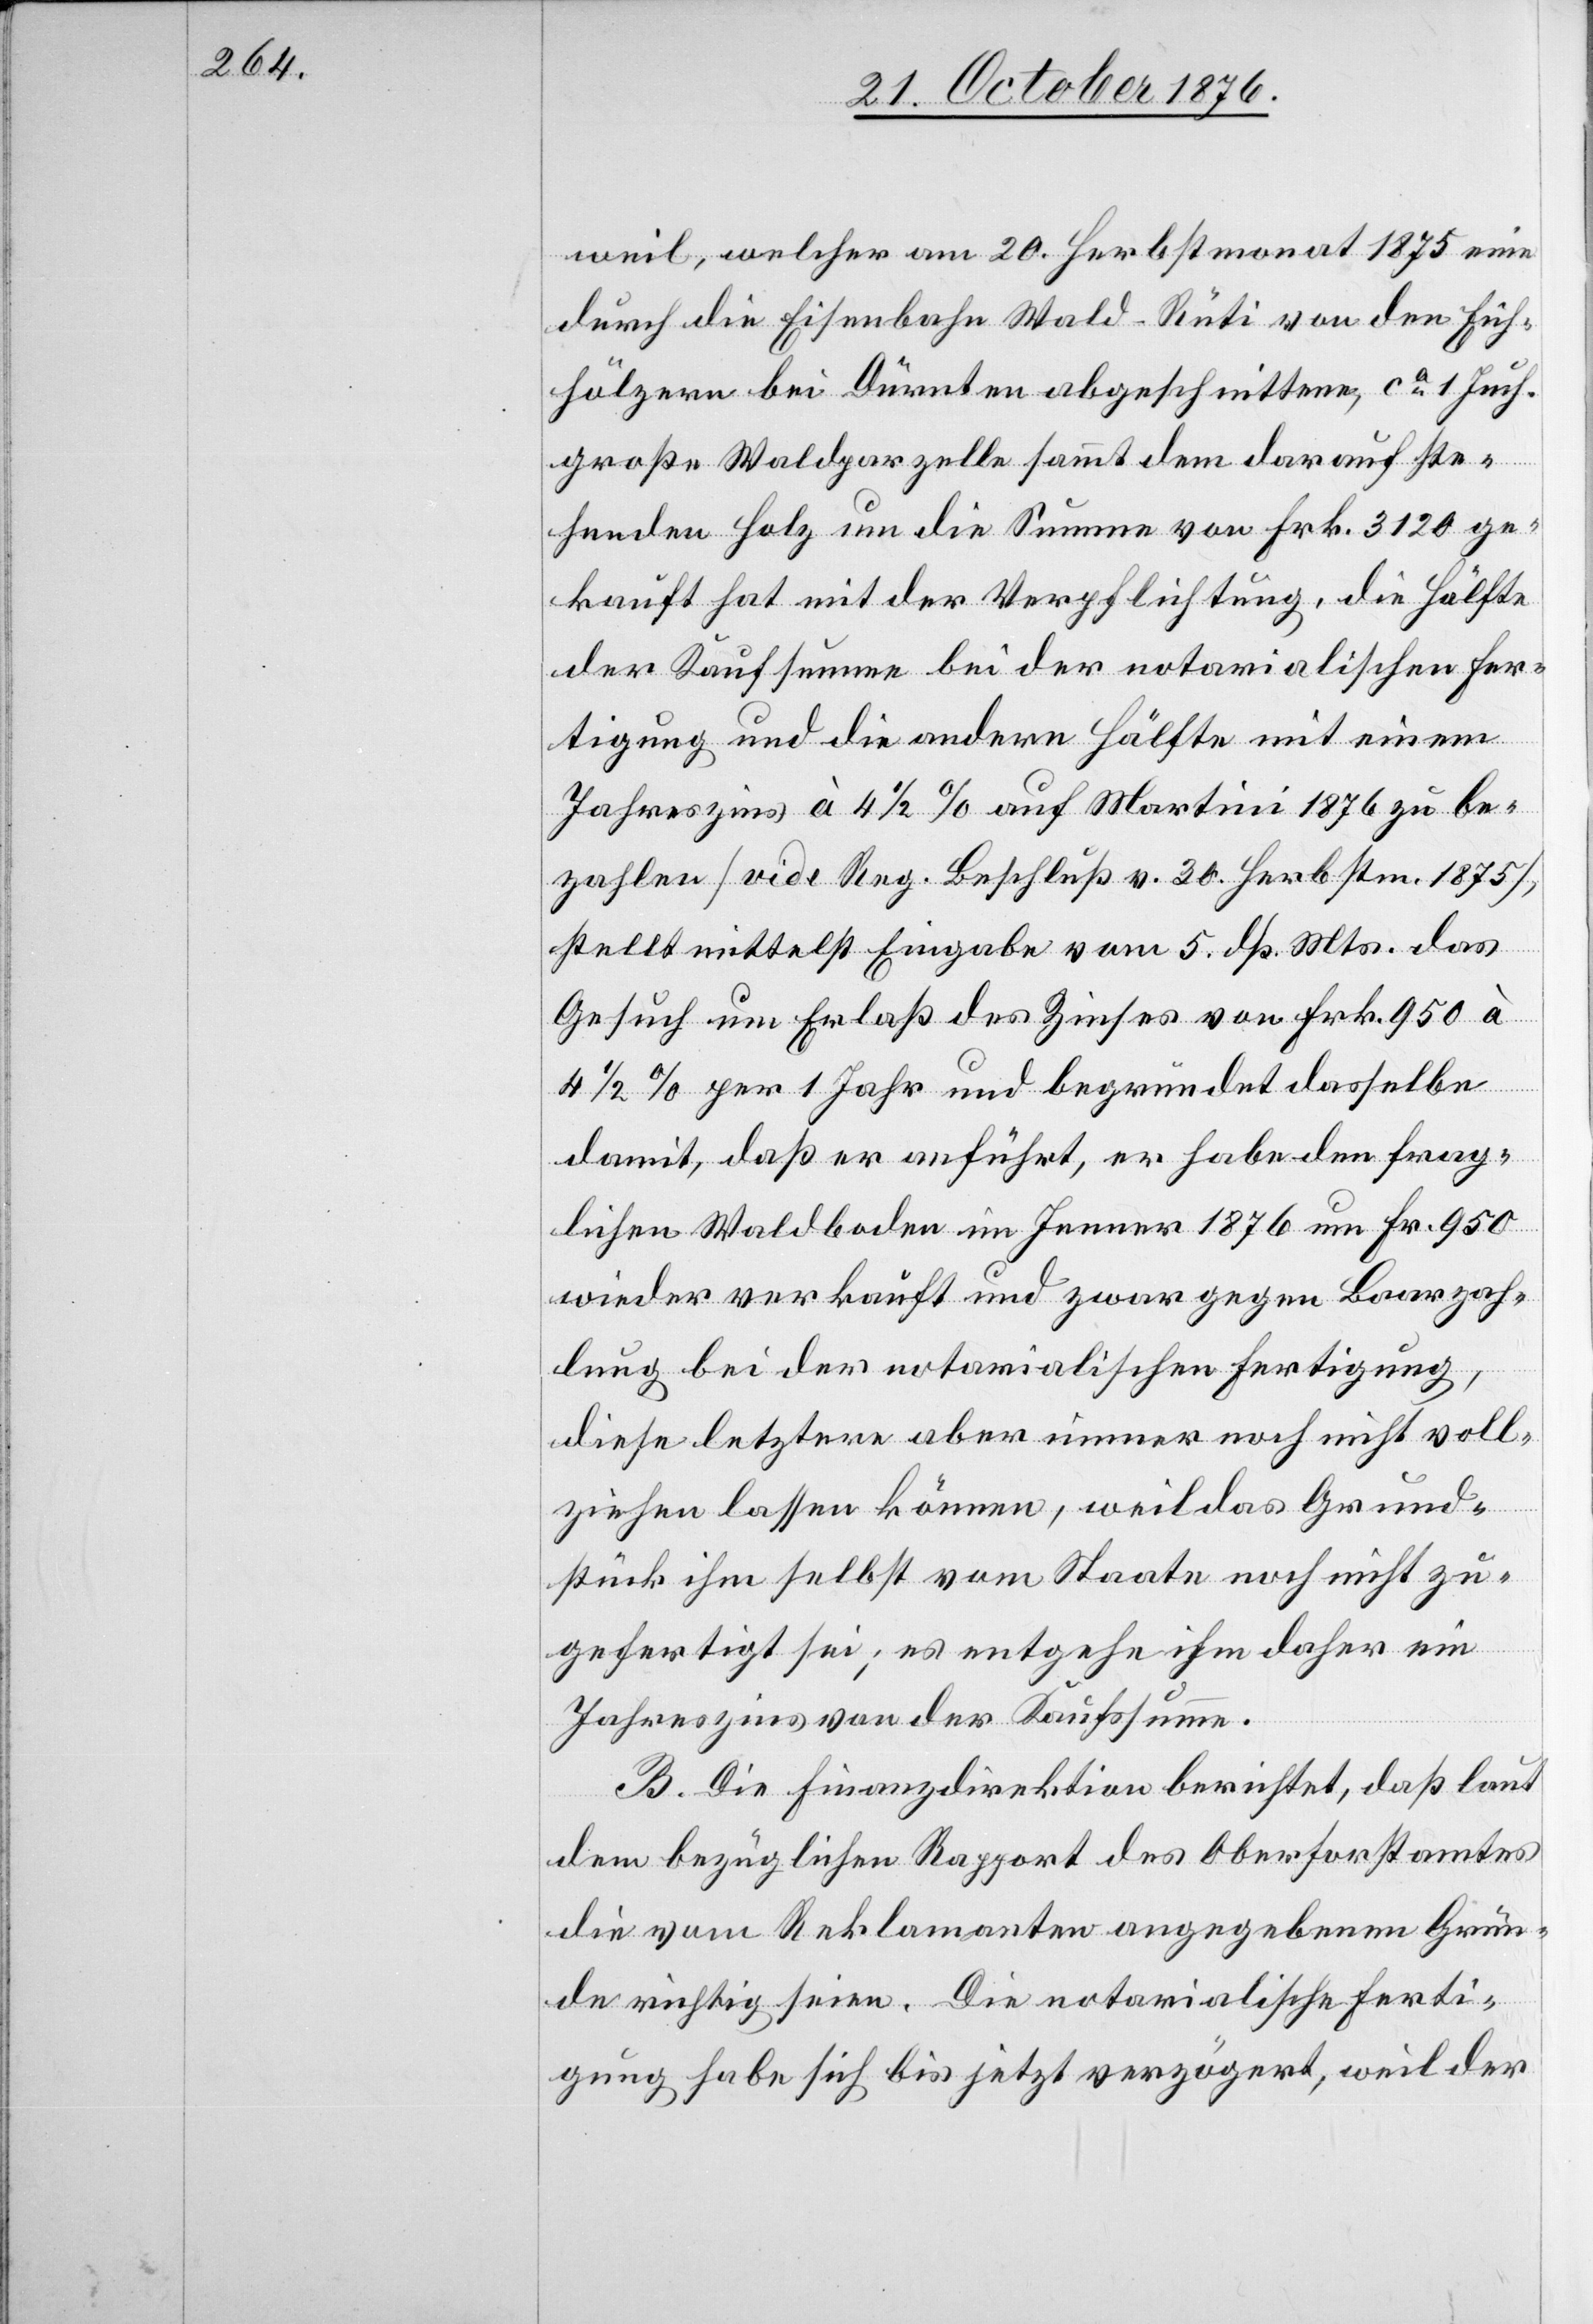
weil, welcher am 20. Herbstmonat 1875 eine
durch die Eisenbahn Wald–Rüti von den Eich¬
hölzern bei Dürnten abgeschnittene, ca 1 Juch.
große Waldparzelle sammt dem darauf ste¬
henden Holz um die Summe von Frk. 3120 ge¬
kauft hat mit der Verpflichtung, die Hälfte
der Kaufsumme bei der notarialischen Fer¬
tigung und die andere Hälfte mit einem
Jahreszins à 4 1/2% auf Martini 1876 zu be¬
zahlen [vide Reg. Beschluß v. 30. Herbstm. 1875],
stellt mittelst Eingabe vom 5. dß. Mts. das
Gesuch um Erlaß des Zinses von Frk. 950 à
4 1/2% per 1 Jahr und begründet dasselbe
damit, daß er anführt, er habe den frag¬
lichen Waldboden im Jenner 1876 um Fr. 950
wieder verkauft und zwar gegen Baarzah¬
lung bei der notarialischen Fertigung,
diese letztere aber immer noch nicht voll¬
ziehen lassen können, weil das Grund¬
stück ihm selbst vom Staate noch nicht zu¬
gefertigt sei; es entgehe ihm daher ein
Jahreszins von der Kaufsumme.
B. Die Finanzdirektion berichtet, daß laut
dem bezüglichen Rapport des Oberforstamtes
die vom Reklamanten angegebenen Grün¬
de richtig seien. Die notarialische Ferti¬
gung habe sich bis jetzt verzögert, weil der